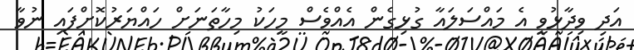
އަދި ވިދާޅުވީ އެ މައްސަލައާ ގުޅިގެން އެއްވެސް މީހަކު މިހާތަނަށް ހައްޔަރުކޮށްފައި ނުވާ